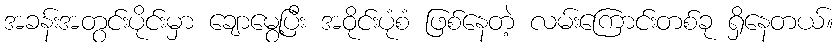
အခန်းအတွင်းပိုင်းမှာ ချောမွေ့ပြီး အဝိုင်းပုံစံ ဖြစ်နေတဲ့ လမ်းကြောင်းတစ်ခု ရှိနေတယ်။